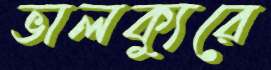
ভালক্যুরে